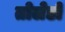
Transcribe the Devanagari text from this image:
तोलेडो